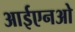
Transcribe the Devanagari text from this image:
आईएनओ